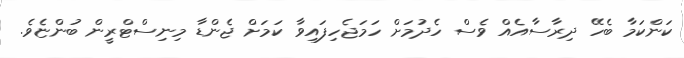
ކަންކަމާ ބެހޭ ދިރާސާއެއް ވެސް ހެދުމަށް ހަމަޖެހިފައިވާ ކަމަށް ޖެންޑާ މިނިސްޓްރީން ބުންޏެވެ.